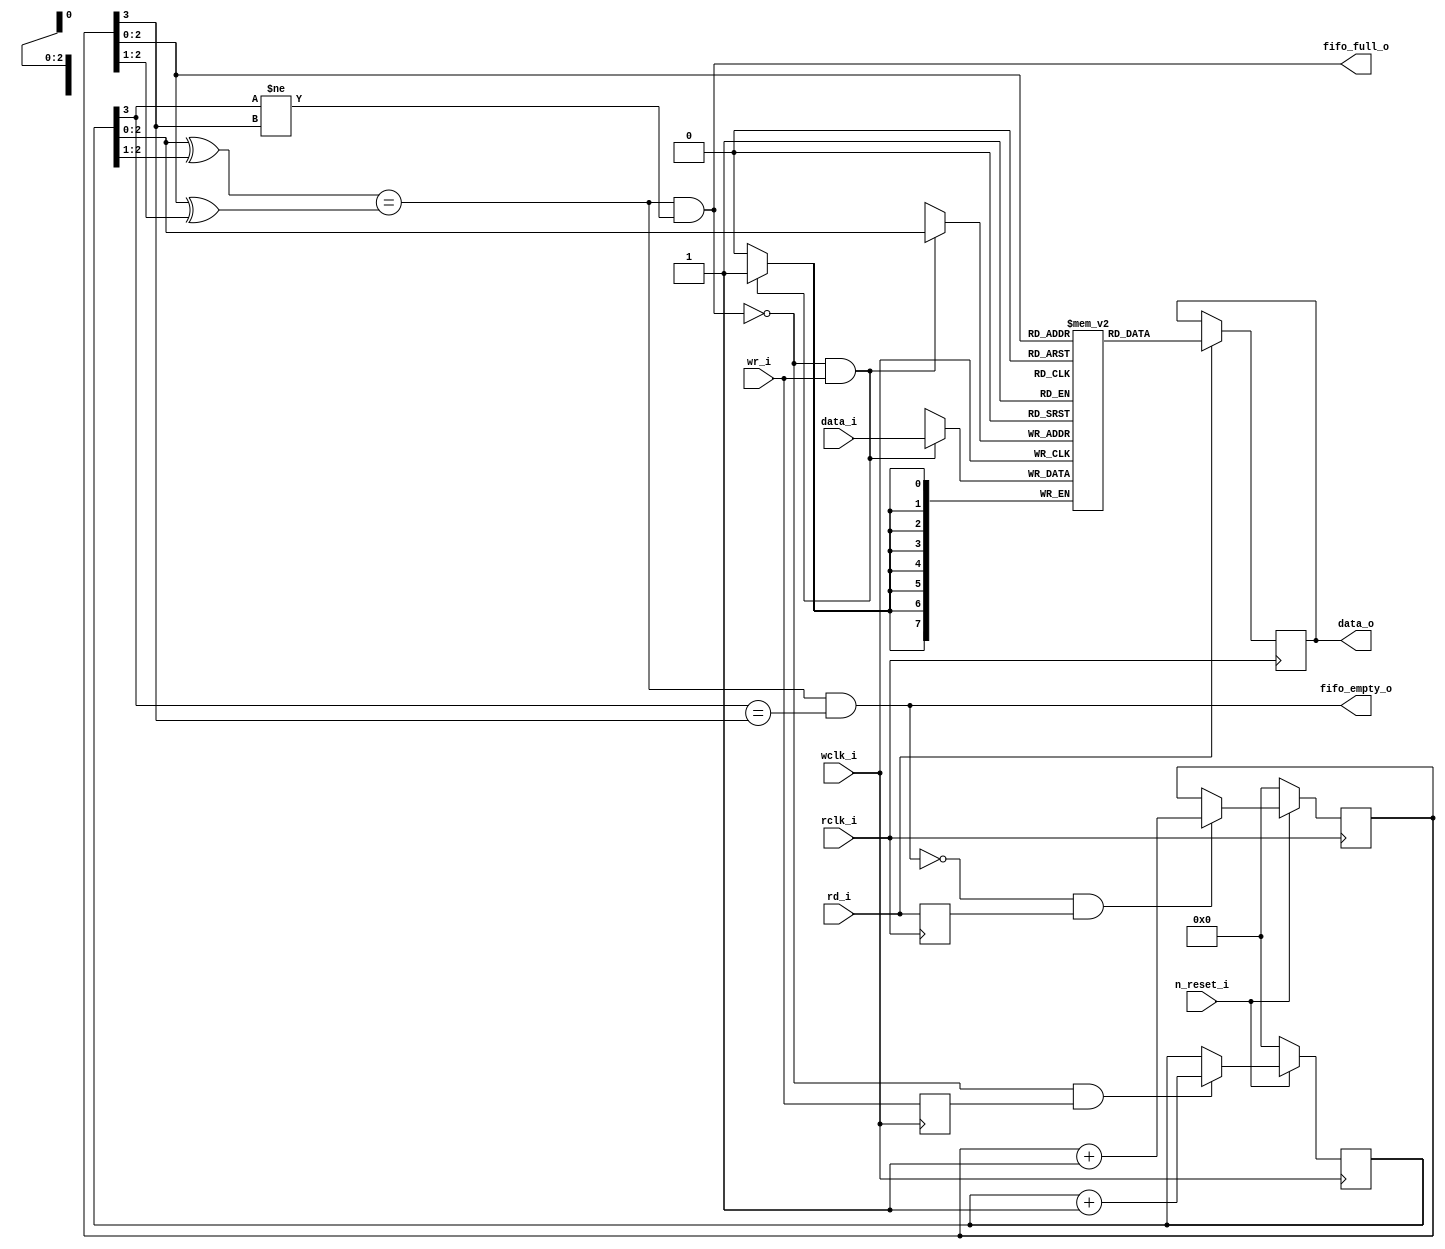
module fifo #(
	parameter log2_addr = 3, data_width = 8
	) ( 
	input n_reset_i,
	input wclk_i,
	input [data_width-1:0] data_i,
	input wr_i,
	input rclk_i,
	output [data_width-1:0] data_o,
	input rd_i,
	output fifo_empty_o,
	output fifo_full_o
	);
	
	// Wire definitions
	wire [log2_addr-1:0] gray_head; 
	wire [log2_addr-1:0] gray_tail; 
	// Full/empty tracking
	wire fifo_full;
	wire fifo_empty;
	// Rd/Wr edge tracking
	wire rd_rise, rd_fall, wr_rise, wr_fall;
	
	// Registers
	reg [data_width-1:0] out = 0;						// Output register
	reg [data_width-1:0] fifo_buffer [0:2**log2_addr-1] /* synthesis ramstyle = "M10K" */;
	reg [log2_addr:0] 	fifo_head = 0;				// Counters have one more bit to indicate full/empty
	reg [log2_addr:0] 	fifo_tail = 0;				// If lowest bits are the same then the high bit inicates full (high bits different)
																// Or empty (high bits same)
	reg 						rd = 0, wr = 0;			// RD/WR tracking
	
	// Assignments
	assign gray_head = fifo_head[log2_addr-1:0] ^ {1'b0, fifo_head[log2_addr-1:1]};
	assign gray_tail = fifo_tail[log2_addr-1:0] ^ {1'b0, fifo_tail[log2_addr-1:1]};
	assign data_o = out; //fifo_buffer[fifo_tail];
	assign fifo_full = (gray_head == gray_tail) & (fifo_head[log2_addr] != fifo_tail[log2_addr]);
	assign fifo_empty = (gray_head == gray_tail) & (fifo_head[log2_addr] == fifo_tail[log2_addr]);
	assign fifo_empty_o = fifo_empty;
	assign fifo_full_o = fifo_full;
	
	// Module connections
	
	// Rise/fall tracking
	always @(posedge wclk_i) wr <= wr_i;
	always @(posedge rclk_i) rd <= rd_i;
	
	// Move Write Pointers
	always @(negedge wclk_i)
	begin
		if( n_reset_i == 0 ) fifo_head <= 0;	
		else // Was the last op a write, then increment counter
		if( !fifo_full && wr ) fifo_head = fifo_head + 1'b1;
	end
	
	// Store data
	always @(posedge wclk_i)
		if( !fifo_full && wr_i ) fifo_buffer[fifo_head] = data_i;	
	
	// Move Read Pointers
	always @(negedge rclk_i)
	begin
		if( n_reset_i == 0 ) fifo_tail <= 0;
		else // Was the last op a read, then increment counter
		if( !fifo_empty && rd ) fifo_tail <= fifo_tail + 1'b1;
	end
	
	// Retrieve data on posedge read signal
	always @(posedge rclk_i)
		if( rd_i ) out <= fifo_buffer[fifo_tail];
		
endmodule